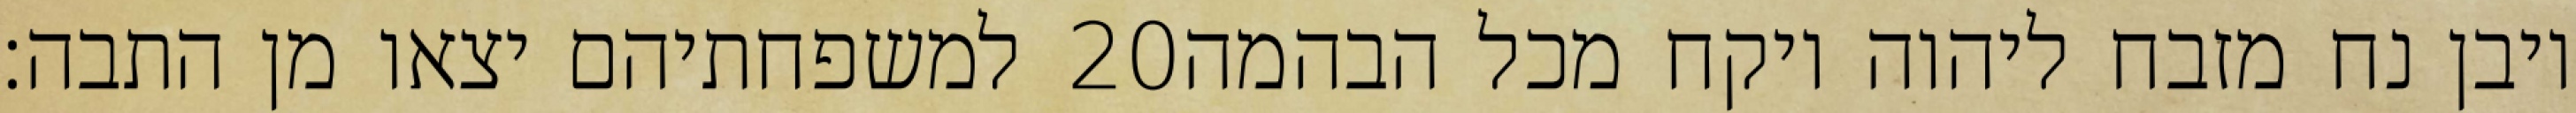
למשפחתיהם יצאו מן התבה׃ ‎20‏ ויבן נח מזבח ליהוה ויקח מכל הבהמה